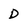
Character: D